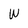
Character: W